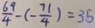
\frac { 6 9 } { 4 } - ( - \frac { 7 1 } { 4 } ) = 3 5